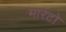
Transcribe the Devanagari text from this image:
मारेटो